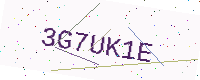
Text: 3G7UK1E